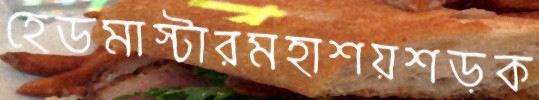
হেডমাস্টারমহাশয়শড়ক